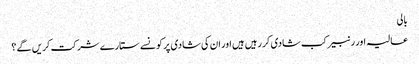
بالی
عالیہ اور رنبیر کب شادی کر رہیں ہیں اور ان کی شادی پر کونسے ستارے شرکت کریں گے ؟